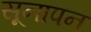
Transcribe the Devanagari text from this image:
सूनापन